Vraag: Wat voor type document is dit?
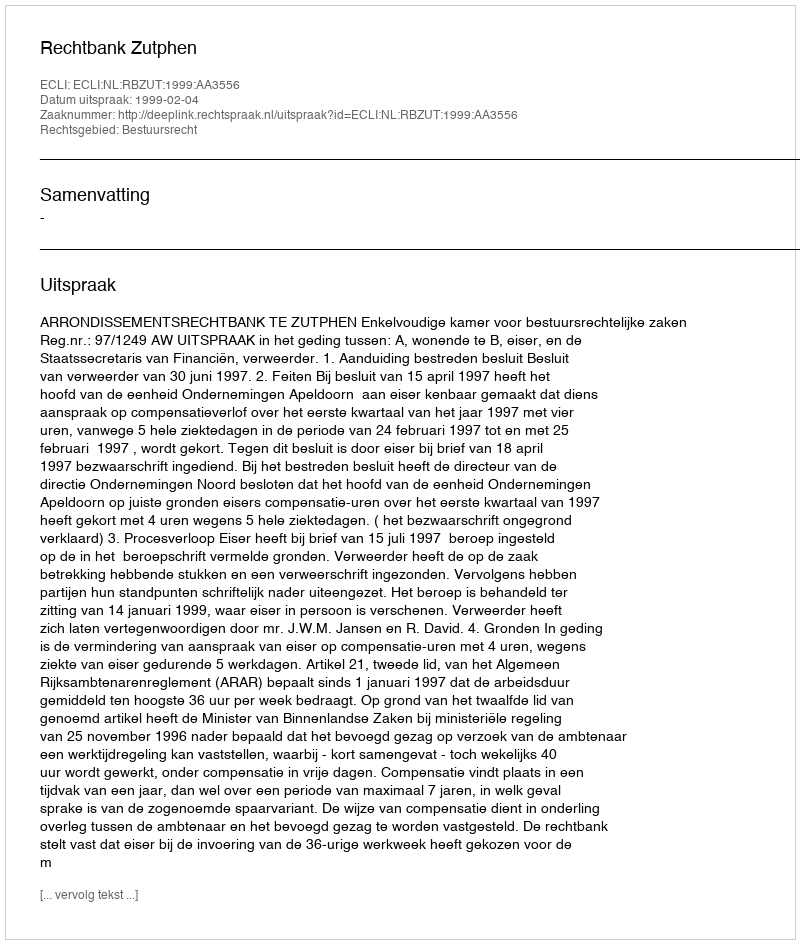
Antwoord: Uitspraak